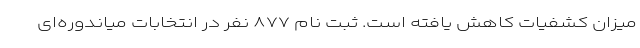
میزان کشفیات کاهش یافته است. ثبت نام ۸۷۷ نفر در انتخابات میاندوره‌ای